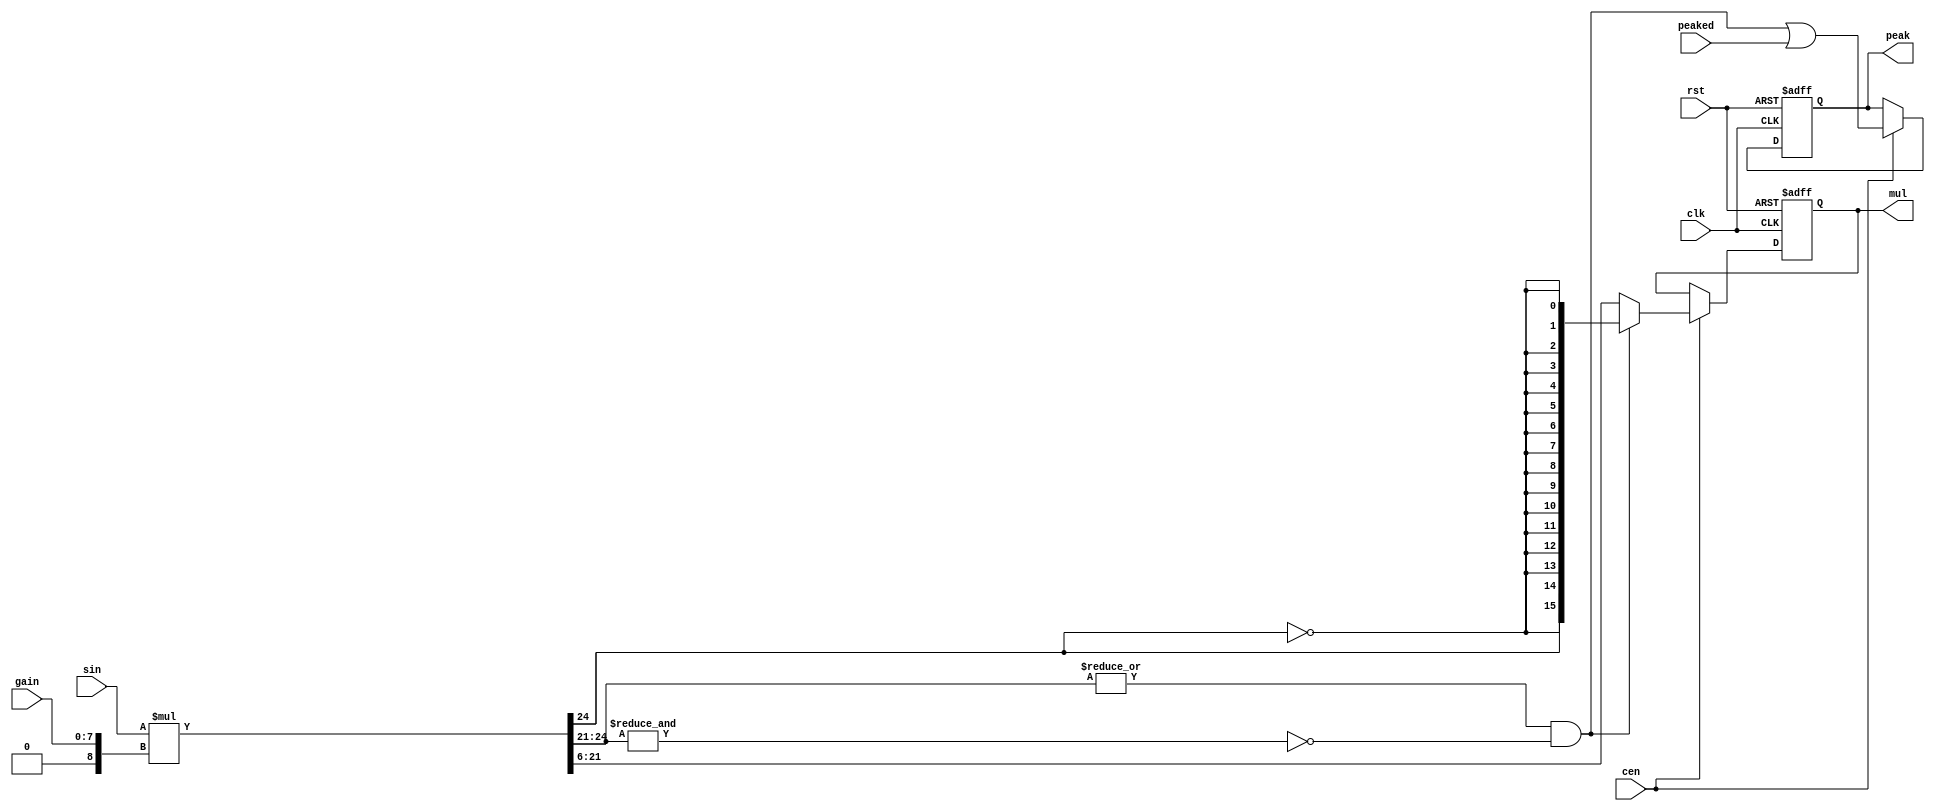
// This program was cloned from: https://github.com/jotego/jtcores
// License: GNU General Public License v3.0

/* This file is part of JTFRAME.


    JTFRAME program is free software: you can redistribute it and/or modify
    it under the terms of the GNU General Public License as published by
    the Free Software Foundation, either version 3 of the License, or
    (at your option) any later version.

    JTFRAME program is distributed in the hope that it will be useful,
    but WITHOUT ANY WARRANTY; without even the implied warranty of
    MERCHANTABILITY or FITNESS FOR A PARTICULAR PURPOSE.  See the
    GNU General Public License for more details.

    You should have received a copy of the GNU General Public License
    along with JTFRAME.  If not, see <http://www.gnu.org/licenses/>.

    Author: Jose Tejada Gomez. Twitter: @topapate
    Version: 1.0
    Date: 8-5-2024

*/

// Limiting multiplier of signed input by an unsigned gain
// the gain is taken as fixed point
// if the result does not fit in W bits
// peak is set and the output is clipped
module jtframe_limmul #(parameter
    WI = 16,
    WO = WI,
    WD = 7  // decimal part of the gain input (1.7=8 bits)
)(
    input                      rst,
    input                      clk,
    input                      cen,
    input  signed     [WI-1:0] sin,
    input             [   7:0] gain,
    input                      peaked,

    output reg signed [WO-1:0] mul,
    output        reg          peak
);

localparam FW=WI+9, MSB=FW-1-(10-WD);

wire signed [FW-1:0] full;
wire signed [   8:0] sgain;
wire      [FW-1:MSB] signs = full[FW-1:MSB];
wire v = |signs & ~&signs; // overflow

assign sgain = {1'b0,gain};
assign full  = sin * sgain;

always @(posedge clk, posedge rst) begin
    if( rst ) begin
        mul <= 0;
        peak <= 0;
    end else if(cen) begin
        peak <= v | peaked;
        mul  <= v ? {full[FW-1],{WO-1{~full[FW-1]}}} : full[MSB-:WO];
    end
end

endmodule